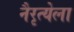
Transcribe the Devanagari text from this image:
नैरृत्येला